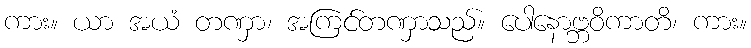
ကား။ ယာ အယံ တဏှာ၊ အကြင်တဏှာသည်။ ပေါနောဗ္ဘဝိကာတိ၊ ကား။